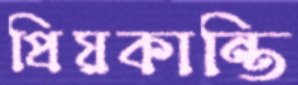
প্রিয়কান্তি